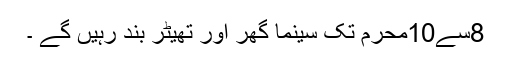
8سے10محرم تک سینما گھر اور تھیٹر بند رہیں گے ۔